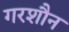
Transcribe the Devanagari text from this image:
गरशौन